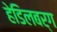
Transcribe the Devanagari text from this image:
हेडिलबर्ग